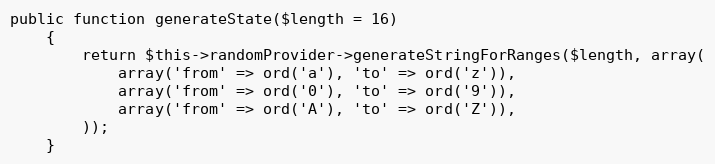
Language: PHP
public function generateState($length = 16)
    {
        return $this->randomProvider->generateStringForRanges($length, array(
            array('from' => ord('a'), 'to' => ord('z')),
            array('from' => ord('0'), 'to' => ord('9')),
            array('from' => ord('A'), 'to' => ord('Z')),
        ));
    }